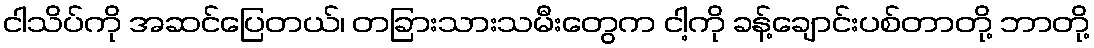
ငါသိပ်ကို အဆင်ပြေတယ်၊ တခြားသားသမီးတွေက ငါ့ကို ခန့်ချောင်းပစ်တာတို့ ဘာတို့